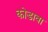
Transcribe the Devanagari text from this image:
कोडावा